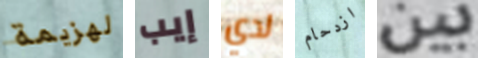
لهزيمة إيب لدي ازدحام بين